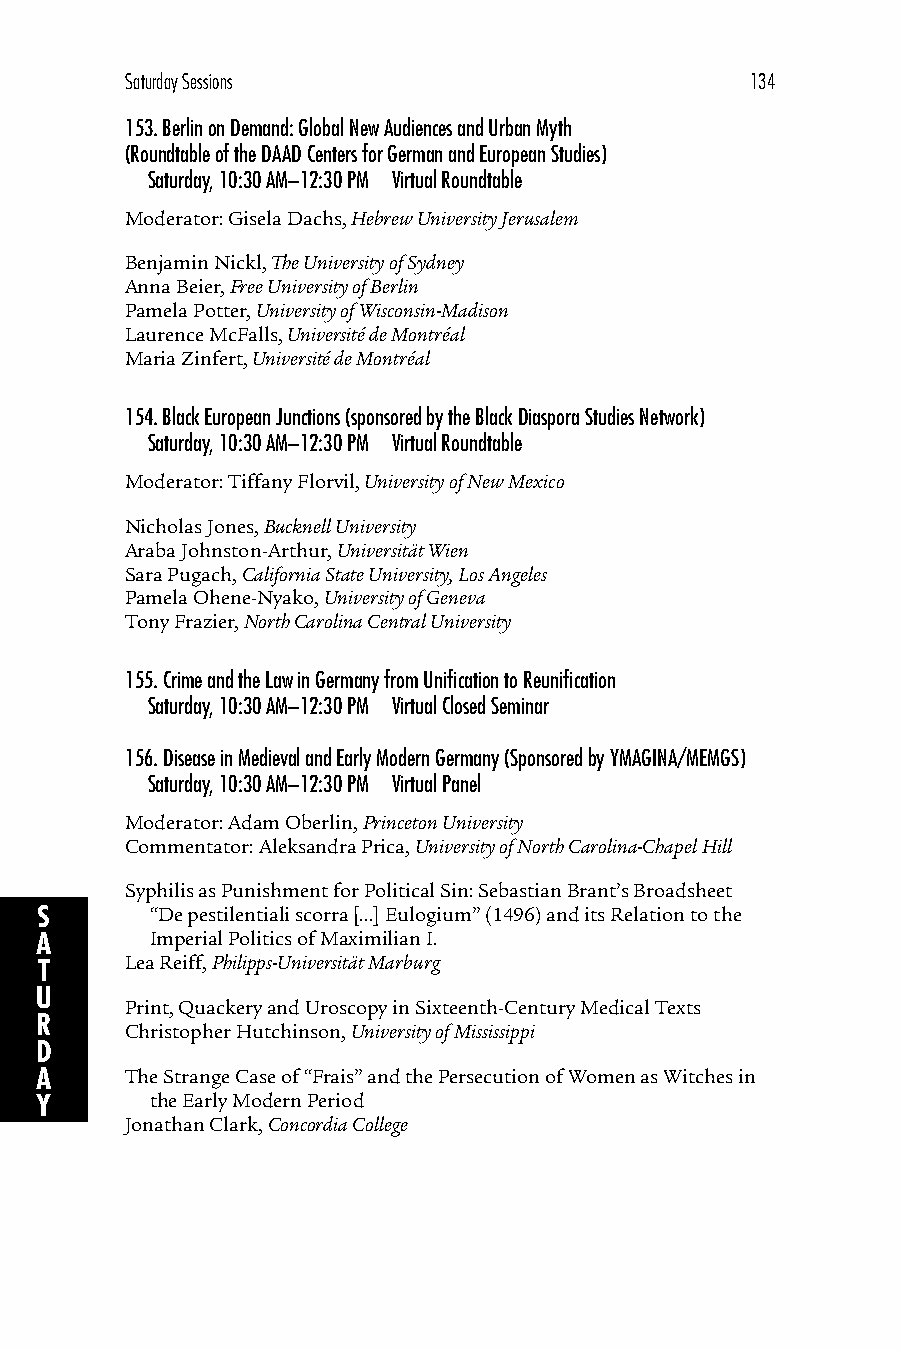
Saturday Sessions                         134
 153.Berlin on Demand: Global New Audiences and Urban Myth
 (Roundtable of the DAAD Centers for German and European Studies)
 Saturday, 10:30 AM–12:30 PM Virtual Roundtable
 Moderator: Gisela Dachs, Hebrew University Jerusalem
 Benjamin Nickl, The University of Sydney
 Anna Beier, Free University of Berlin
 Pamela Potter, University of Wisconsin-Madison
 Laurence McFalls, Université de Montréal
 Maria Zinfert, Université de Montréal
 154.Black European Junctions (sponsored by the Black Diaspora Studies Network)
 Saturday, 10:30 AM–12:30 PM Virtual Roundtable
 Moderator: Tiffany Florvil, University of New Mexico
 Nicholas Jones, Bucknell University
 Araba Johnston-Arthur, Universität Wien
 Sara Pugach, California State University, Los Angeles
 Pamela Ohene-Nyako, University of Geneva
 Tony Frazier, North Carolina Central University
 155.Crime and the Law in Germany from Unification to Reunification
 Saturday, 10:30 AM–12:30 PM Virtual Closed Seminar
 156.Disease in Medieval and Early Modern Germany (Sponsored by YMAGINA/MEMGS)
 Saturday, 10:30 AM–12:30 PM Virtual Panel
 Moderator: Adam Oberlin, Princeton University
 Commentator: Aleksandra Prica, University of North Carolina-Chapel Hill
 Syphilis as Punishment for Political Sin: Sebastian Brant’s Broadsheet
 S       “De pestilentiali scorra [...] Eulogium” (1496) and its Relation to the
 A       Imperial Politics of Maximilian I.
 T     Lea Reiff, Philipps-Universität Marburg
 U
 Print, Quackery and Uroscopy in Sixteenth-Century Medical Texts
 R
 Christopher Hutchinson, University of Mississippi
 D
 A     The Strange Case of “Frais” and the Persecution of Women as Witches in
 Y       the Early Modern Period
 Jonathan Clark, Concordia College